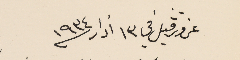
عزورڤيل في ١٣ أذار / ١٩٣٤